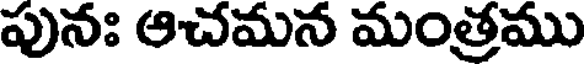
పునః ఆచమన మంత్రము